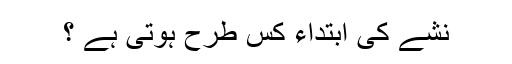
نشے کی ابتداء کس طرح ہوتی ہے ؟